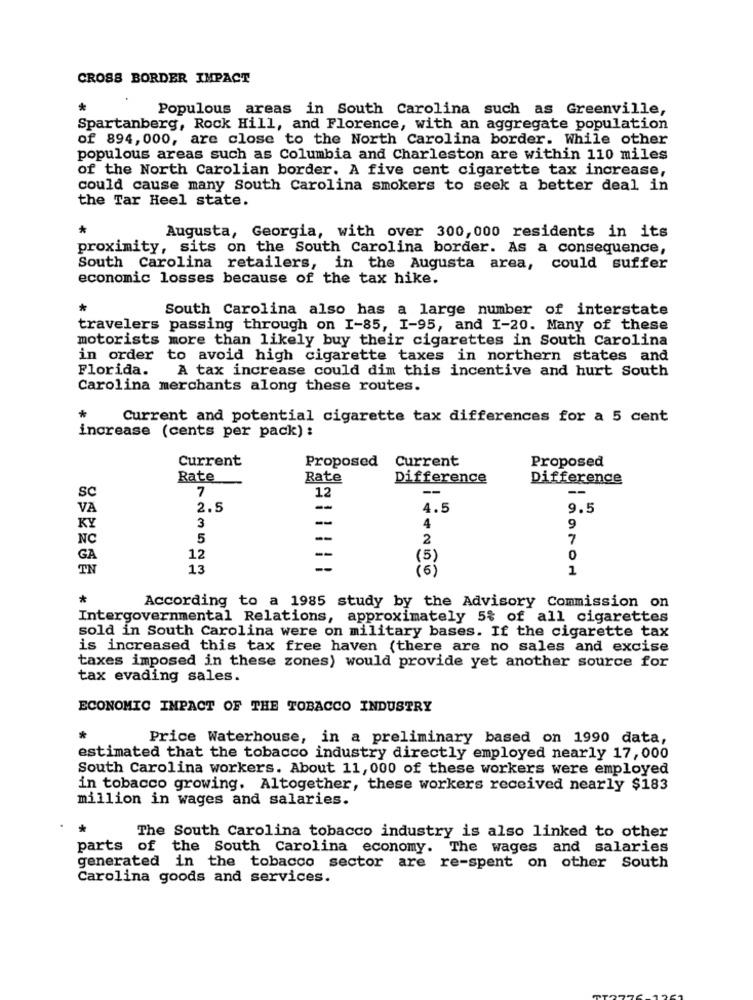
CROSS BORDER IMPACT
Populous areas in South Carolina such as Greenville,
Spartanberg, Rock Hill, and Florence, with an aggregate population
of 894, 000, are close to the North Carolina border. While other
populous areas such as Columbia and Charleston are within 110 miles
of the North Carolian border. A five cent cigarette tax increase,
could cause many South Carolina smokers to seek a better deal in
the Tar Heel state.
Augusta, Georgia, with over 300, 000 residents in its
proximity, sits on the South Carolina border. As a consequence,
South Carolina retailers, in the Augusta area, could suffer
economic losses because of the tax hike.
South Carolina also has a large number of interstate
travelers passing through on I-85, I-95, and I-20. Many of these
motorists more than likely buy their cigarettes in South Carolina
in order
to avoid high cigarette taxes in northern states and
Florida.
A tax increase could dim this incentive and hurt South
Carolina merchants along these routes.
*
Current and potential cigarette tax differences for a 5 cent
increase (cents per pack) :
Current
Proposed
Current
Proposed
Rate
Rate
Difference
Difference
SC
7
12
--
--
VA
2.5
--
4.5
9.5
--
KY
3
4
9
NC
5
--
2
7
GA
12
(5)
0
TN
13
1
*
According to a 1985 study by the Advisory Commission on
Intergovernmental Relations, approximately 5% of all cigarettes
sold in South Carolina were on military bases. If the cigarette tax
is increased this tax free haven (there are no sales and excise
taxes imposed in these zones) would provide yet another source for
tax evading sales.
ECONOMIC IMPACT OF THE TOBACCO INDUSTRY
Price Waterhouse, in a preliminary based on 1990 data,
estimated that the tobacco industry directly employed nearly 17,000
South Carolina workers. About 11, 000 of these workers were employed
in tobacco growing. Altogether, these workers received nearly $183
million in wages and salaries.
*
The South Carolina tobacco industry is also linked to other
parts of the South Carolina economy. The wages and salaries
generated in the tobacco sector are re-spent on other South
Carolina goods and services.